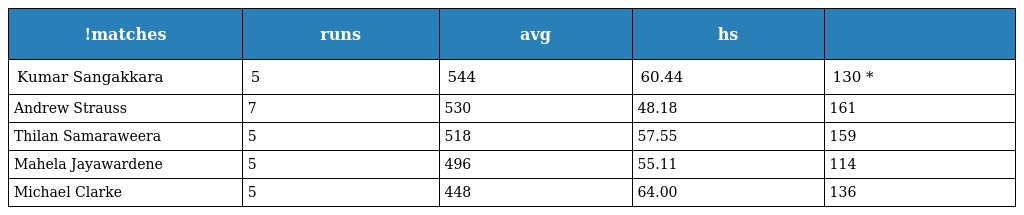
| !matches | runs | avg | hs |  |
 | --- | --- | --- | --- | --- |
 | Kumar Sangakkara | 5 | 544 | 60.44 | 130 * |
 | Andrew Strauss | 7 | 530 | 48.18 | 161 |
 | Thilan Samaraweera | 5 | 518 | 57.55 | 159 |
 | Mahela Jayawardene | 5 | 496 | 55.11 | 114 |
 | Michael Clarke | 5 | 448 | 64.00 | 136 |